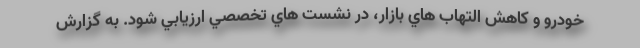
خودرو و كاهش التهاب هاي بازار، در نشست هاي تخصصي ارزيابي شود. به گزارش